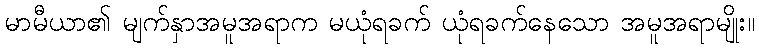
မာမီယာ၏ မျက်နှာအမူအရာက မယုံရခက် ယုံရခက်နေသော အမူအရာမျိုး။